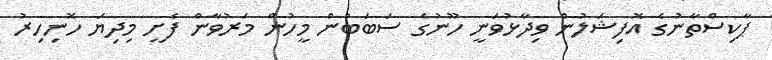
ޕާކިސްތާނުގެ އޮފިޝަލުން ވިދާޅުވަނީ ހޫނުގެ ސަބަބުން މީހުން މަރުވާން ފެށީ މިދިޔަ ހޮނިހިރު